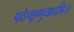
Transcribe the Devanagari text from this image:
पठेच्छृणुयादपि।।